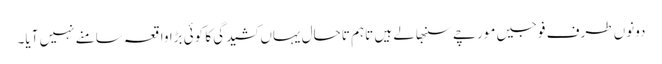
دونوں طرف فوجیں مورچے سنبھالے ہیں تاہم تاحال یہاں کشیدگی کا کوئی بڑا واقعہ سامنے نہیں آیا۔